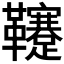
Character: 𩎀